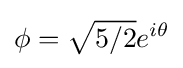
\phi ={\sqrt {5/2}}e^{i\theta }